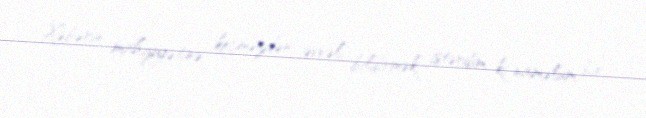
Xəbərin mahiyyətinə keçməzdən əvvəl, bildirmək istərdim ki, naməlum bir